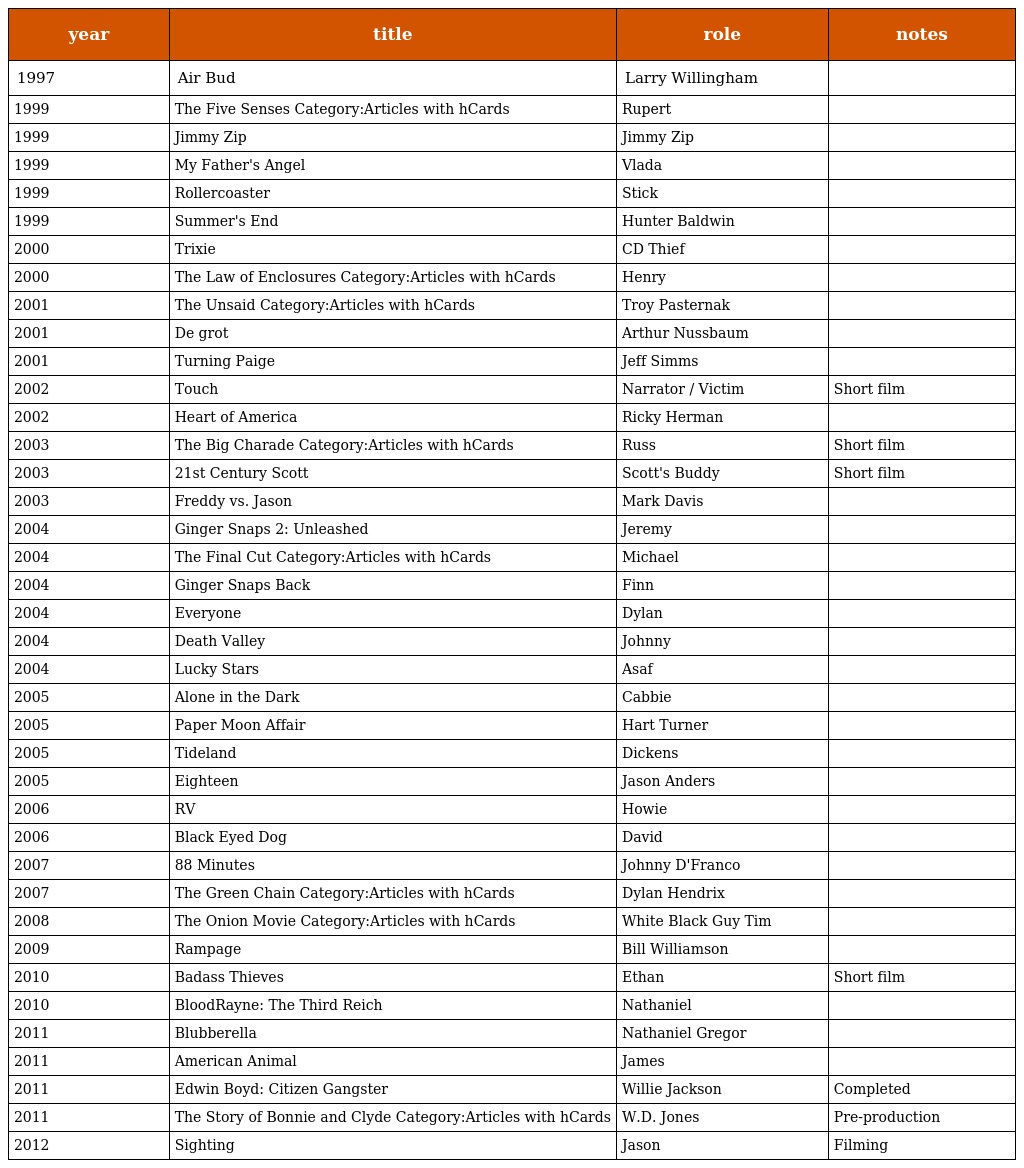
| year | title | role | notes |
 | --- | --- | --- | --- |
 | 1997 | Air Bud | Larry Willingham |  |
 | 1999 | The Five Senses Category:Articles with hCards | Rupert |  |
 | 1999 | Jimmy Zip | Jimmy Zip |  |
 | 1999 | My Father's Angel | Vlada |  |
 | 1999 | Rollercoaster | Stick |  |
 | 1999 | Summer's End | Hunter Baldwin |  |
 | 2000 | Trixie | CD Thief |  |
 | 2000 | The Law of Enclosures Category:Articles with hCards | Henry |  |
 | 2001 | The Unsaid Category:Articles with hCards | Troy Pasternak |  |
 | 2001 | De grot | Arthur Nussbaum |  |
 | 2001 | Turning Paige | Jeff Simms |  |
 | 2002 | Touch | Narrator / Victim | Short film |
 | 2002 | Heart of America | Ricky Herman |  |
 | 2003 | The Big Charade Category:Articles with hCards | Russ | Short film |
 | 2003 | 21st Century Scott | Scott's Buddy | Short film |
 | 2003 | Freddy vs. Jason | Mark Davis |  |
 | 2004 | Ginger Snaps 2: Unleashed | Jeremy |  |
 | 2004 | The Final Cut Category:Articles with hCards | Michael |  |
 | 2004 | Ginger Snaps Back | Finn |  |
 | 2004 | Everyone | Dylan |  |
 | 2004 | Death Valley | Johnny |  |
 | 2004 | Lucky Stars | Asaf |  |
 | 2005 | Alone in the Dark | Cabbie |  |
 | 2005 | Paper Moon Affair | Hart Turner |  |
 | 2005 | Tideland | Dickens |  |
 | 2005 | Eighteen | Jason Anders |  |
 | 2006 | RV | Howie |  |
 | 2006 | Black Eyed Dog | David |  |
 | 2007 | 88 Minutes | Johnny D'Franco |  |
 | 2007 | The Green Chain Category:Articles with hCards | Dylan Hendrix |  |
 | 2008 | The Onion Movie Category:Articles with hCards | White Black Guy Tim |  |
 | 2009 | Rampage | Bill Williamson |  |
 | 2010 | Badass Thieves | Ethan | Short film |
 | 2010 | BloodRayne: The Third Reich | Nathaniel |  |
 | 2011 | Blubberella | Nathaniel Gregor |  |
 | 2011 | American Animal | James |  |
 | 2011 | Edwin Boyd: Citizen Gangster | Willie Jackson | Completed |
 | 2011 | The Story of Bonnie and Clyde Category:Articles with hCards | W.D. Jones | Pre-production |
 | 2012 | Sighting | Jason | Filming |